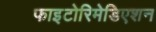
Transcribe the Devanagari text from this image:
फाइटोरिमेडिएशन